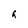
Character: g